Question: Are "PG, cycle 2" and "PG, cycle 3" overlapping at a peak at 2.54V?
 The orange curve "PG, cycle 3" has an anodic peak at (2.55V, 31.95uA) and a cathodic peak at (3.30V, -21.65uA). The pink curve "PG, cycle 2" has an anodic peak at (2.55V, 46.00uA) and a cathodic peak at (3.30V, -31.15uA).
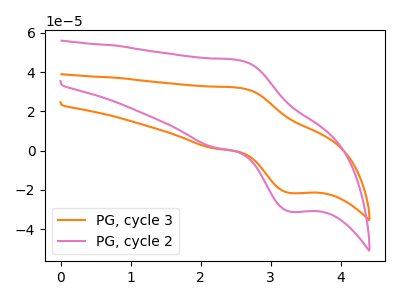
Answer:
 <answer>Yes, "PG, cycle 2" and "PG, cycle 3" share a peak at 2.54V.</answer>
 <eval>match</eval>